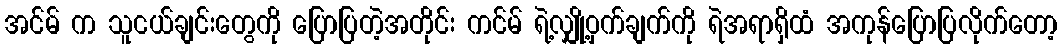
အင်မ် က သူငယ်ချင်းတွေကို ပြောပြတဲ့အတိုင်း ကင်မ် ရဲ့လျှို့ဝှက်ချက်ကို ရဲအရာရှိထံ အကုန်ပြောပြလိုက်တော့